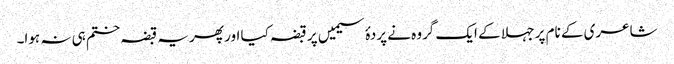
شاعری کے نام پر جہلا کے ایک گروہ نے پردۂ سیمیں پر قبضہ کیا اور پھر یہ قبضہ ختم ہی نہ ہوا۔